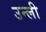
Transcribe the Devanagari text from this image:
उन्ली